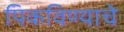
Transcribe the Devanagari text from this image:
पिकविण्याचे